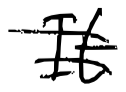
Text: It
Cross-out: double-line
Writing tool: digital_black